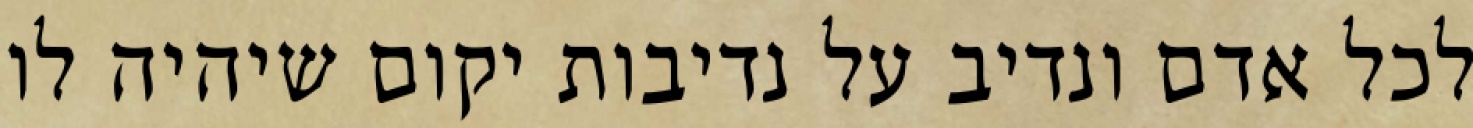
לכל אדם ונדיב על נדיבות יקום שיהיה לו